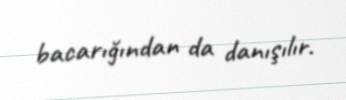
bacarığından da danışılır.